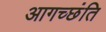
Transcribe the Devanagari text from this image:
आगच्छंति